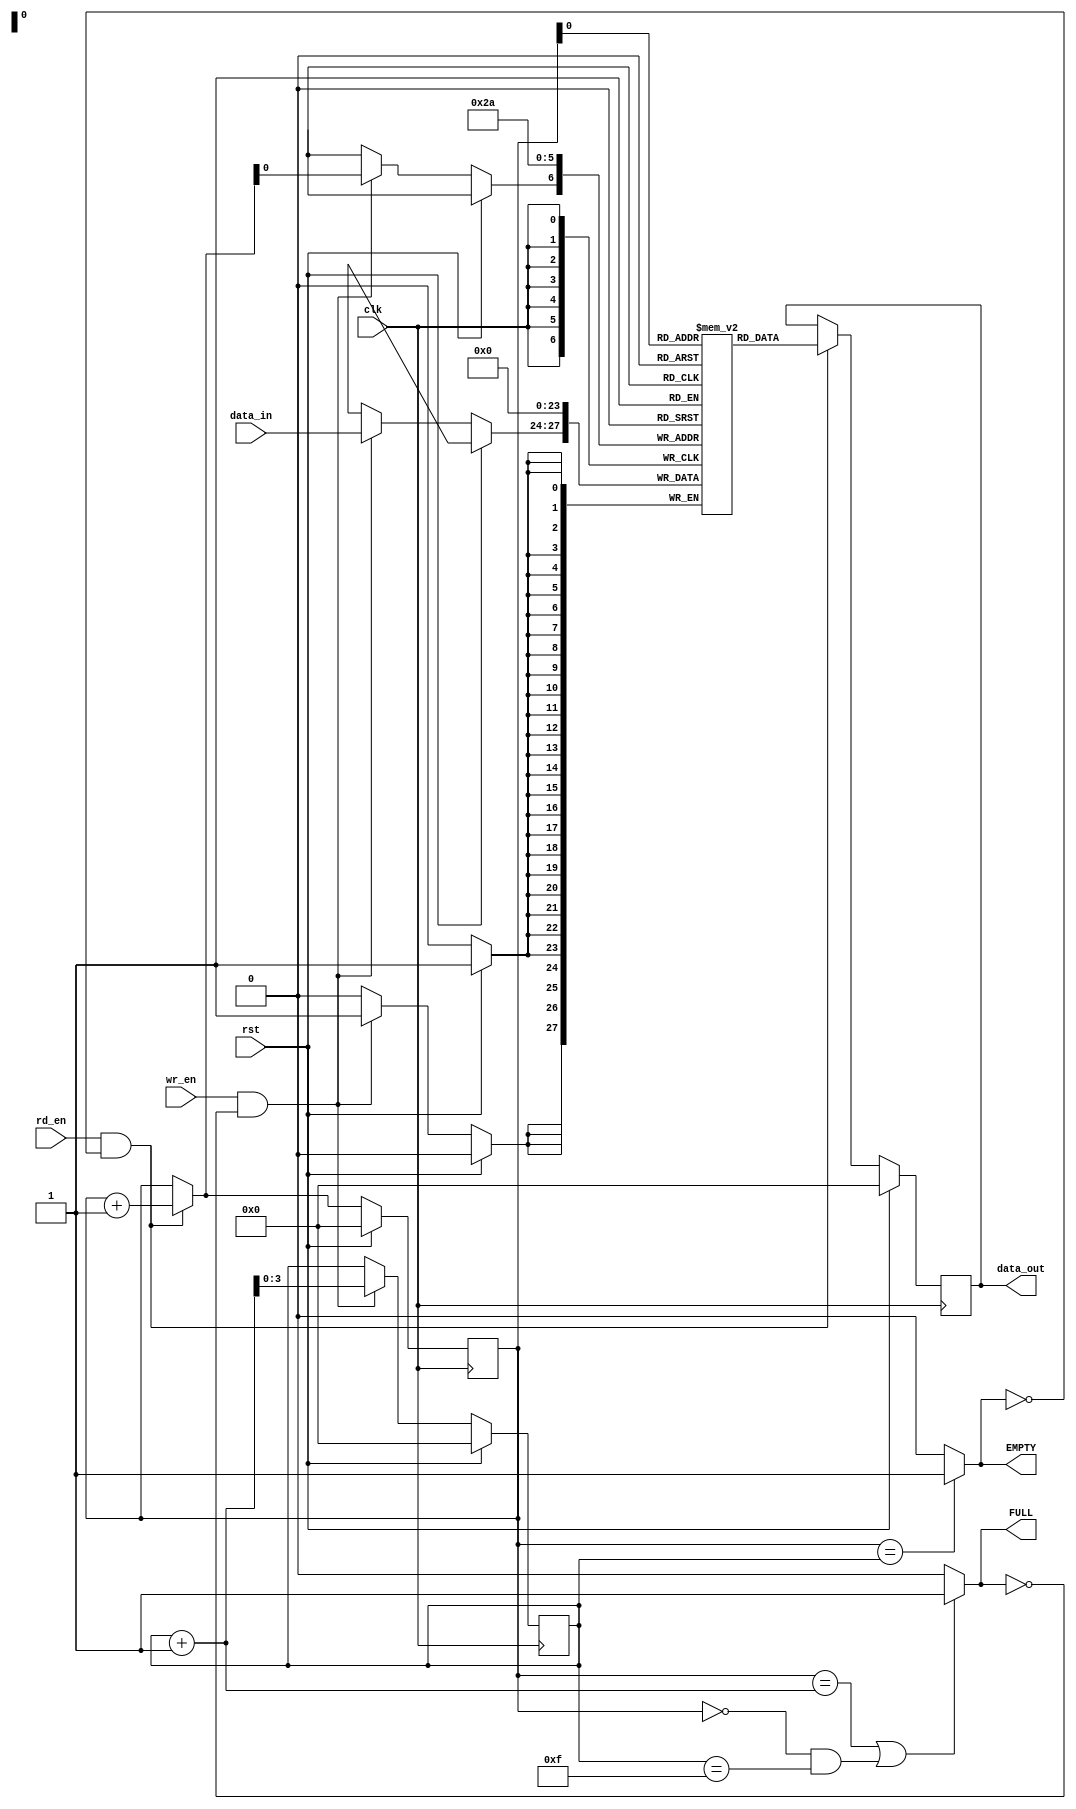
module myfifo(clk, rst, rd_en, wr_en, data_in, data_out, FULL, EMPTY);
input clk, rst, rd_en, wr_en;
output FULL, EMPTY;
parameter W=4; //Width size
parameter D=4; //Depth size
input [W-1:0]data_in;
output reg [W-1:0]data_out;
reg [D-1:0] rd_ptr, wr_ptr;
reg [W-1:0]fifo[2^D-1:0]; //4-bit length and 16 locations for 4-bit address depth
integer i;

assign EMPTY = (rd_ptr == wr_ptr)?1:0; //Empty condition
assign FULL = ((rd_ptr == wr_ptr+1) || (rd_ptr==4'b0000 && wr_ptr==4'b1111)) ? 1:0; //Full with rollover

always@(posedge clk)
    begin
    if (rst)
        begin
        for (i=0; i<(2^D); i=i+1)
            fifo[i]<=4'b0000;
        rd_ptr<=4'b0000;
        wr_ptr<=4'b0000;
        data_out<=4'b0000;                
        end
    
    else
        begin
        if (rd_en==1'b1 && !EMPTY) //FIFO Read
            begin
            data_out<=fifo[rd_ptr];
            rd_ptr = rd_ptr+1;
            end
            
        if (wr_en==1'b1 && !FULL) //FIFO Write
            begin
            fifo[rd_ptr]<=data_in;
            wr_ptr = wr_ptr+1;
            end            
        end
    end


endmodule